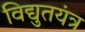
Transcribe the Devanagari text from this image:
विद्युतयंत्र